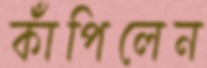
কাঁপিলেন